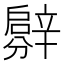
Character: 𨐳